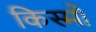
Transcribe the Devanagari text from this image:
किस्मो